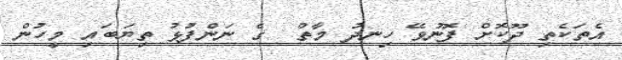
އެތަކެތި ދޫކޮށް ފޮނުވޭ ހިނދު މާތް  ގެ ނަންފުޅު ތިޔަބައި މީހުން